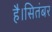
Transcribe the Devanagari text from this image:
है।सितंबर